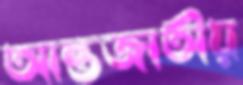
আন্তজাতীয়